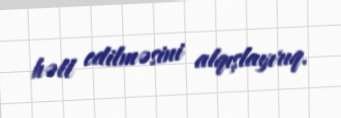
həll edilməsini alqışlayırıq.